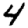
Digit: 4